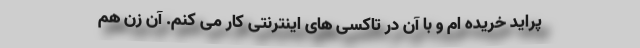
پراید خریده ام و با آن در تاکسی های اینترنتی کار می کنم. آن زن هم